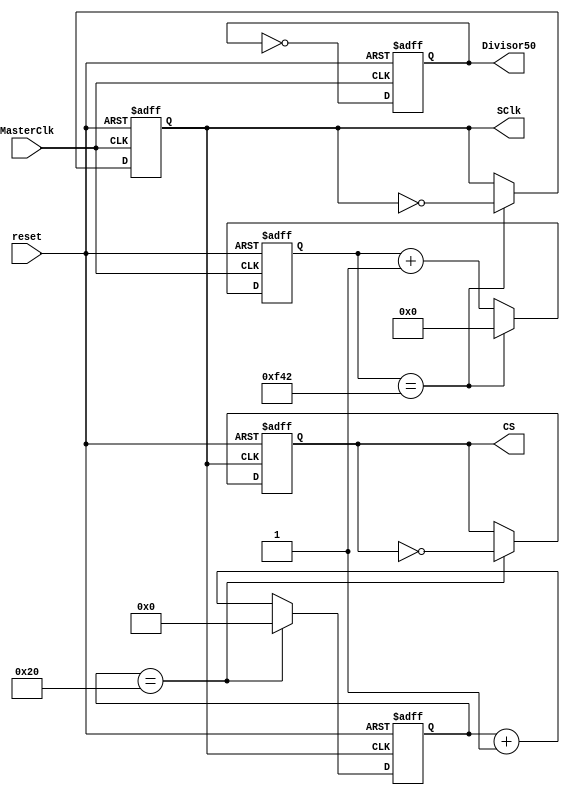
`timescale 1ns / 1ps
//////////////////////////////////////////////////////////////////////////////////
// Company: 
// Engineer: 
// 
// Create Date:    
// Design Name: 
// Module Name:    Divisores_Frecuencia 
// Project Name: 
// Target Devices: 
// Tool versions: 
// Description: 
//
// Dependencies: 
//
// Revision: 
// Revision 0.01 - File Created
// Additional Comments: 
//
//////////////////////////////////////////////////////////////////////////////////
module Divisores_Frecuencias(
	input wire MasterClk,       //Seal de entrada, referente a comportamiento de reloj.
	input wire reset,     //Reset de seal.
	output reg SClk,Divisor50,CS    //Seales de salida del divisor, seales ya divididas.
    );

reg [11:0] Scuenta; //Contadores
reg [5:0] Ccuenta;
					   
 always @(posedge MasterClk, posedge reset) 
	begin
		if (reset)
			begin
				SClk <= 0;
				Scuenta <= 0;
			end 
		else 
			begin		
				if (Scuenta == 12'd3906)
					begin                    
						Scuenta <= 12'd0;    
						SClk <= ~SClk;  //
					end 
				else 
					Scuenta <= Scuenta + 1'b1; 
			end
	end
 
 always @(negedge SClk,  posedge reset) 
 begin
		if (reset) 
			begin
				CS <= 0;
				Ccuenta <= 0;
			end 
		
		else 
			begin		
				if (Ccuenta == 6'd32)    
					begin                    
						Ccuenta <= 6'd0;    
						CS <= ~CS;
					end 
				else 
					Ccuenta <= Ccuenta + 1'b1; 
			end
	end

always @(posedge MasterClk, posedge reset) 
	begin
		if (reset)
				Divisor50 <= 0;
		else 
			Divisor50 <= ~Divisor50;
	end
	
endmodule